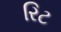
રિટ